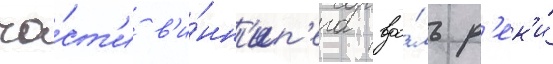
ча́ст'и в'и́нн'ип'ега вдо́ль р'ек'и́